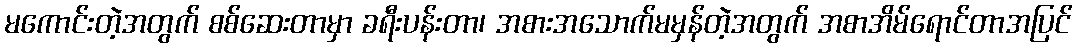
မကောင်းတဲ့အတွက် စစ်ဆေးတာမှာ ခရီးပန်းတာ၊ အစားအသောက်မမှန်တဲ့အတွက် အစာအိမ်ရောင်တာအပြင်